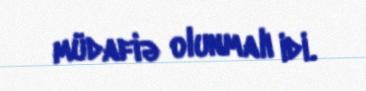
müdafiə olunmalı idi.